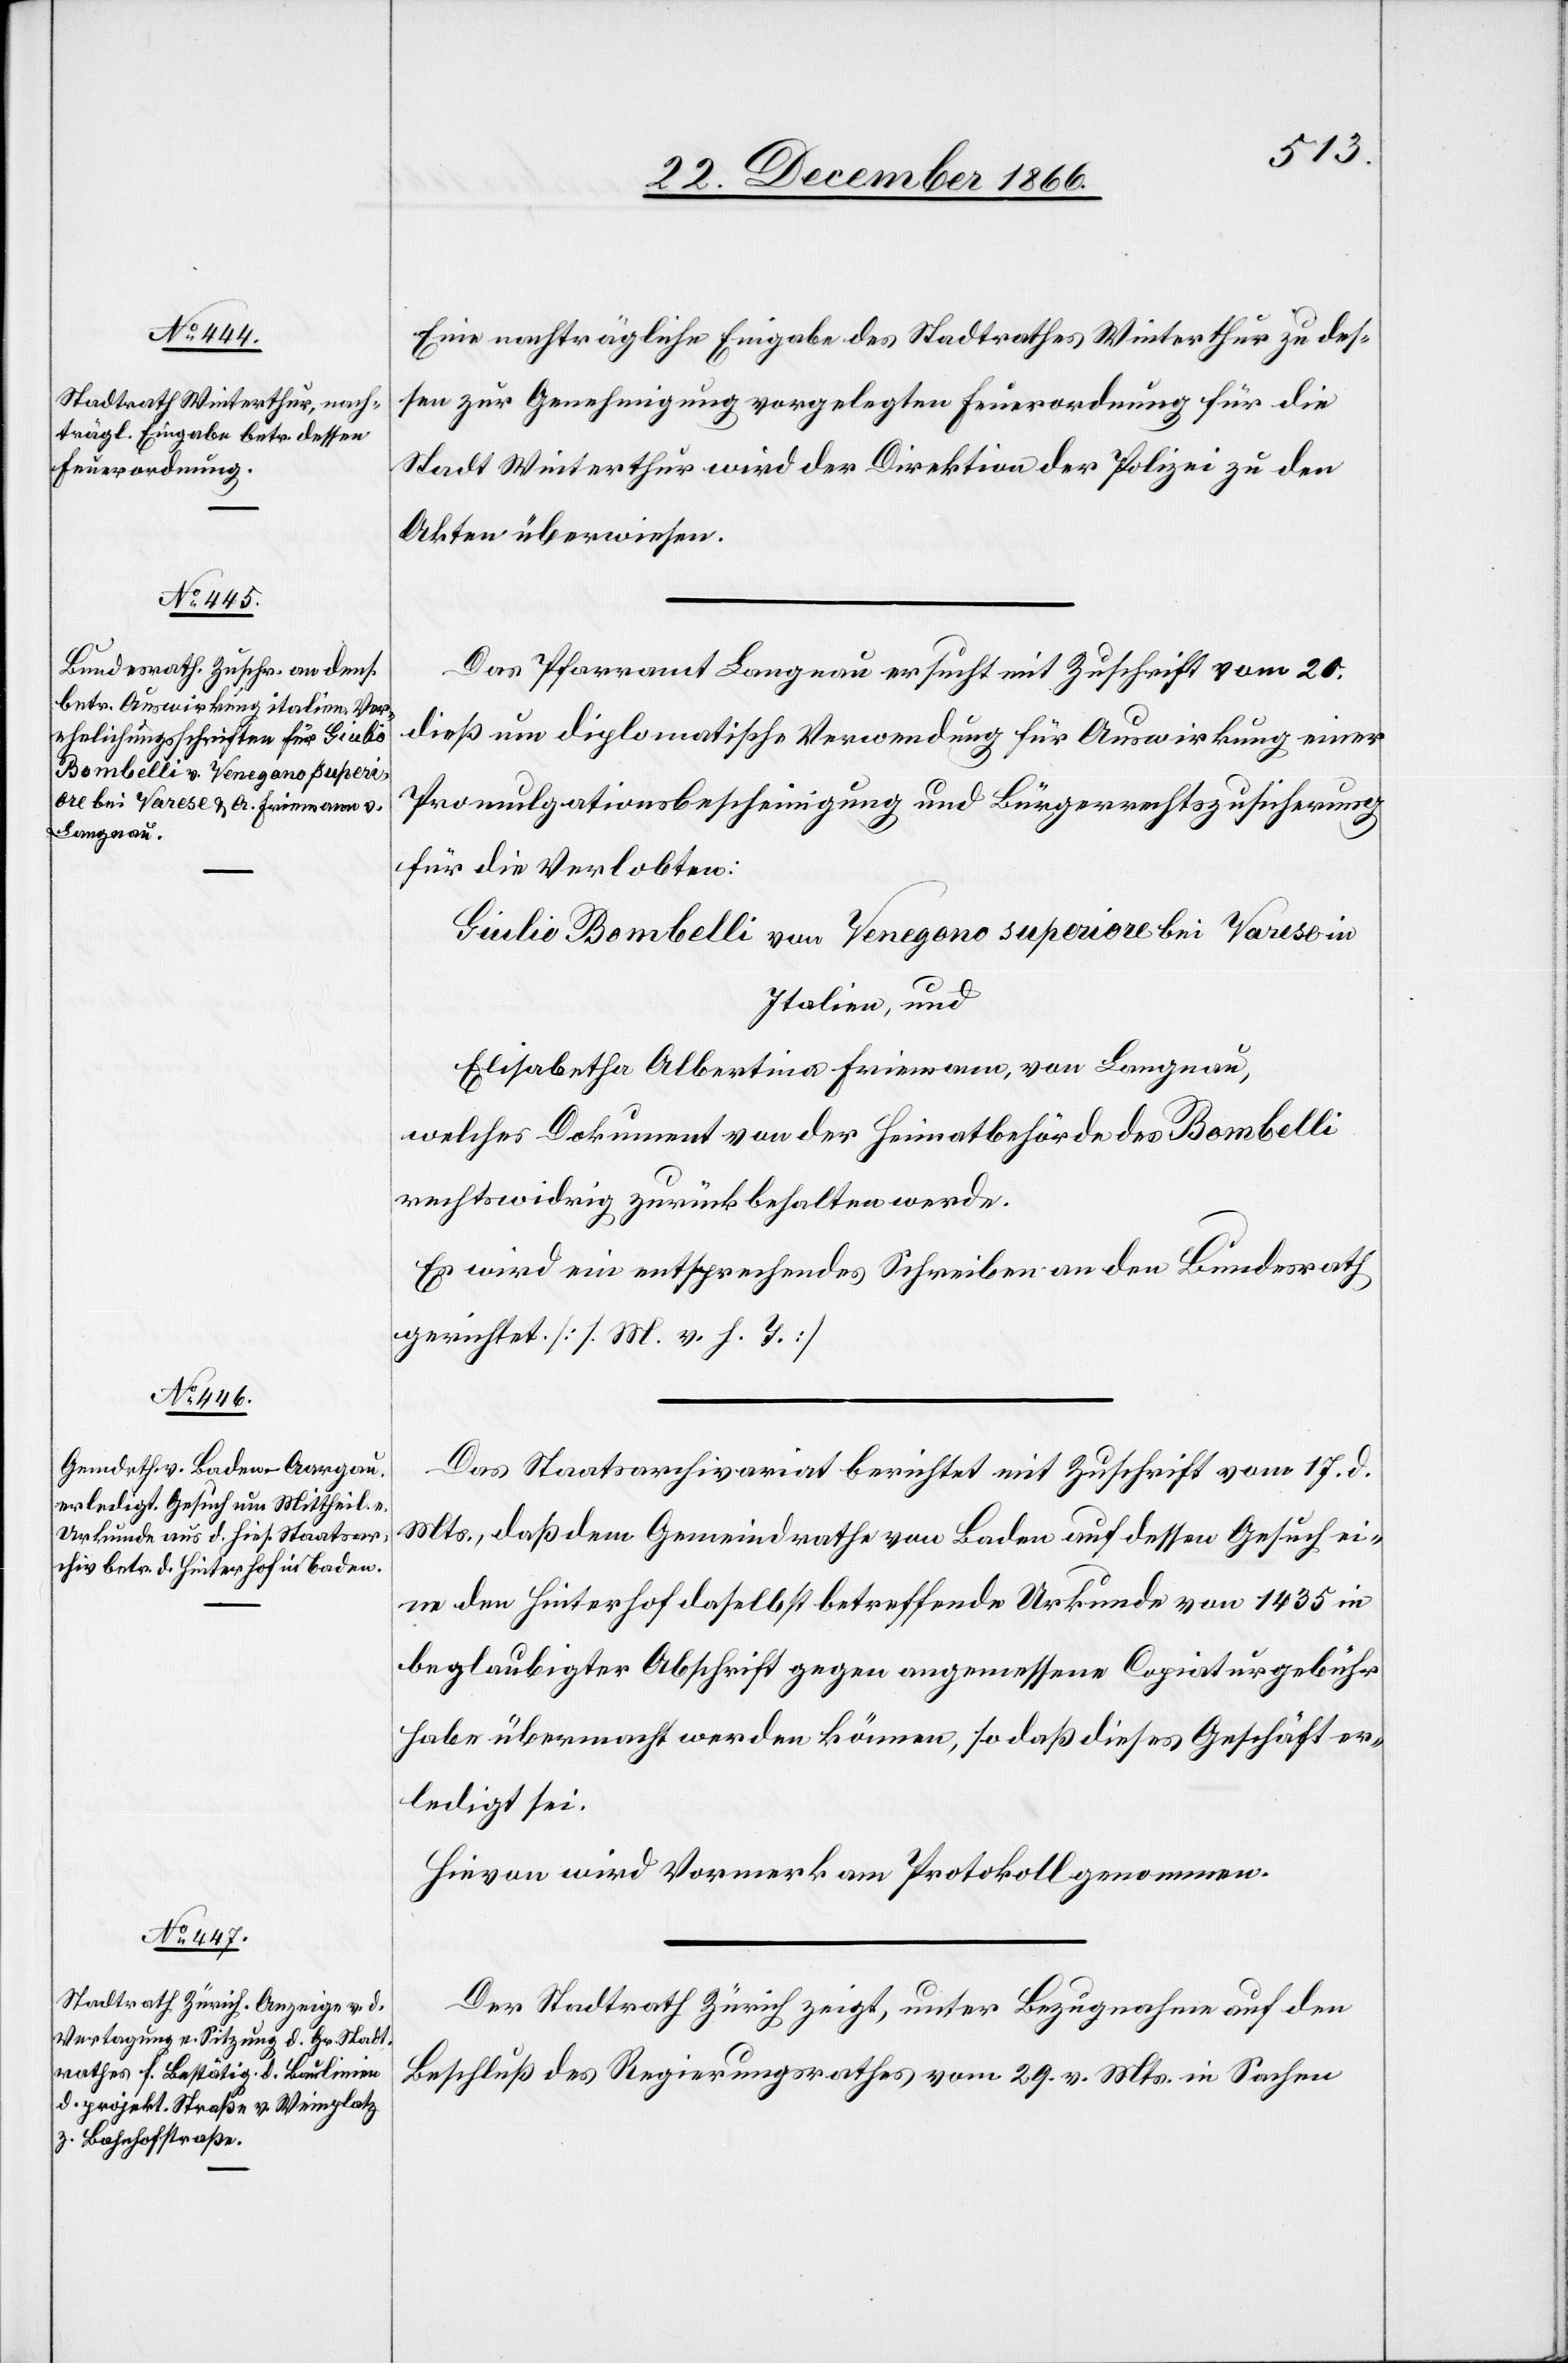
Eine nachträgliche Eingabe des Stadtrathes Winterthur zu des¬
sen zur Genehmigung vorgelegten Feuerordnung für die
Stadt Winterthur wird der Direktion der Polizei zu den
Akten überwiesen.
Das Pfarramt Langnau ersucht mit Zuschrift vom 20.
dieß um diplomatische Verwendung für Auswirkung einer
Promulgationsbescheinigung und Bürgerrechtszusicherung
für die Verlobten:
Giulio Bombelli von Venegano superiore bei Varese in
Italien, und
Elisabetha Albertina Friemann, von Langnau,
welches Dokument von der Heimatbehörde des Bombelli
rechtswidrig zurückbehalten werde.
Es wird ein entsprechendes Schreiben an den Bundesrath
gerichtet. [l. M. v. h. T.]
Das Staatsarchivariat berichtet mit Zuschrift vom 17. d.
Mts., daß dem Gemeindrathe von Baden auf dessen Gesuch ei¬
ne den Hinterhof daselbst betreffende Urkunde von 1435 in
beglaubigter Abschrift gegen angemessene Copiaturgebühr
habe übermacht werden können, so daß dieses Geschäft er¬
ledigt sei.
Hievon wird Vormerk am Protokoll genommen.
Der Stadtrath Zürich zeigt, unter Bezugnahme auf den
Beschluß des Regierungsrathes vom 29. v. Mts. in Sachen